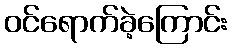
ဝင်ရောက်ခဲ့ကြောင်း